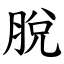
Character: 脫